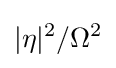
|\eta |^{2}/\Omega ^{2}